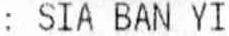
: SIA BAN YI